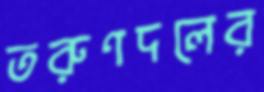
তরুণদলের